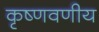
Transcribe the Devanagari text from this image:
कृष्णवणीय